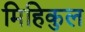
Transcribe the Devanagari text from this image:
मिहिकुल